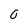
Character: 0